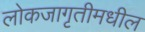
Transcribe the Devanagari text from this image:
लोकजागृतीमधील